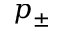
p _ { \pm }